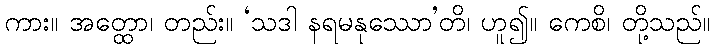
ကား။ အတ္ထော၊ တည်း။ ‘သဒါ နရမနုဿော’တိ၊ ဟူ၍။ ကေစိ၊ တို့သည်။